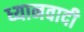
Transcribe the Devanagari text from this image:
ध्यानवादी